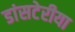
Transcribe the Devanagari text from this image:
डांसटेरीया